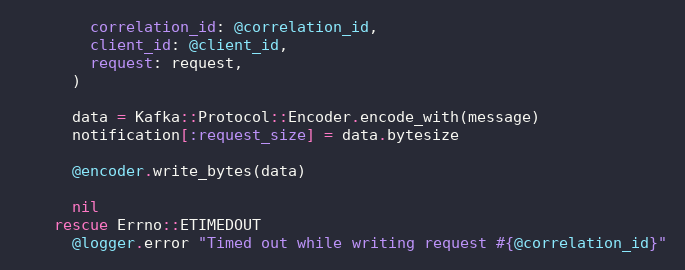
Language: Ruby
        correlation_id: @correlation_id,
        client_id: @client_id,
        request: request,
      )

      data = Kafka::Protocol::Encoder.encode_with(message)
      notification[:request_size] = data.bytesize

      @encoder.write_bytes(data)

      nil
    rescue Errno::ETIMEDOUT
      @logger.error "Timed out while writing request #{@correlation_id}"